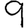
Digit: 9